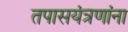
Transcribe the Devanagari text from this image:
तपासयंत्रणांना